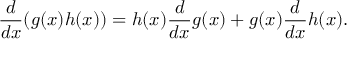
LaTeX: { \frac { d } { d x } } ( g ( x ) h ( x ) ) = h ( x ) { \frac { d } { d x } } g ( x ) + g ( x ) { \frac { d } { d x } } h ( x ) .